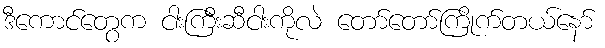
ဒီကောင်တွေက ငါးကြီးဆီငါးကိုလဲ တော်တော်ကြိုက်တယ်နော်